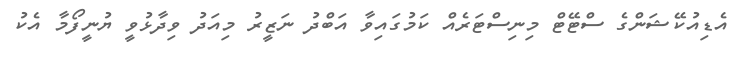
އެޑިއުކޭޝަންގެ ސްޓޭޓް މިނިސްޓަރެއް ކަމުގައިވާ އަބްދު ނަޒީރު މިއަދު ވިދާޅުވީ ޔުނީފޯމާ އެކު